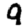
Digit: 9